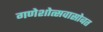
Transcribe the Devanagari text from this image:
गणेशोत्सवासोबत